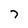
Character: 7